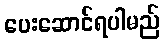
ပေးဆောင်ရပါမည်